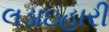
લડાઇહારી